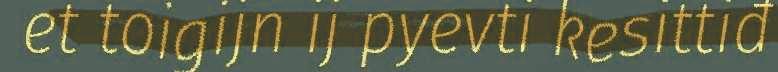
et toigijn ij pyevti kesittiđ